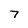
Character: 7